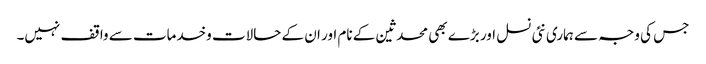
جس کی وجہ سے ہماری نئی نسل اور بڑے بھی محدثین کے نام اور ان کے حالات وخدمات سے واقف نہیں۔